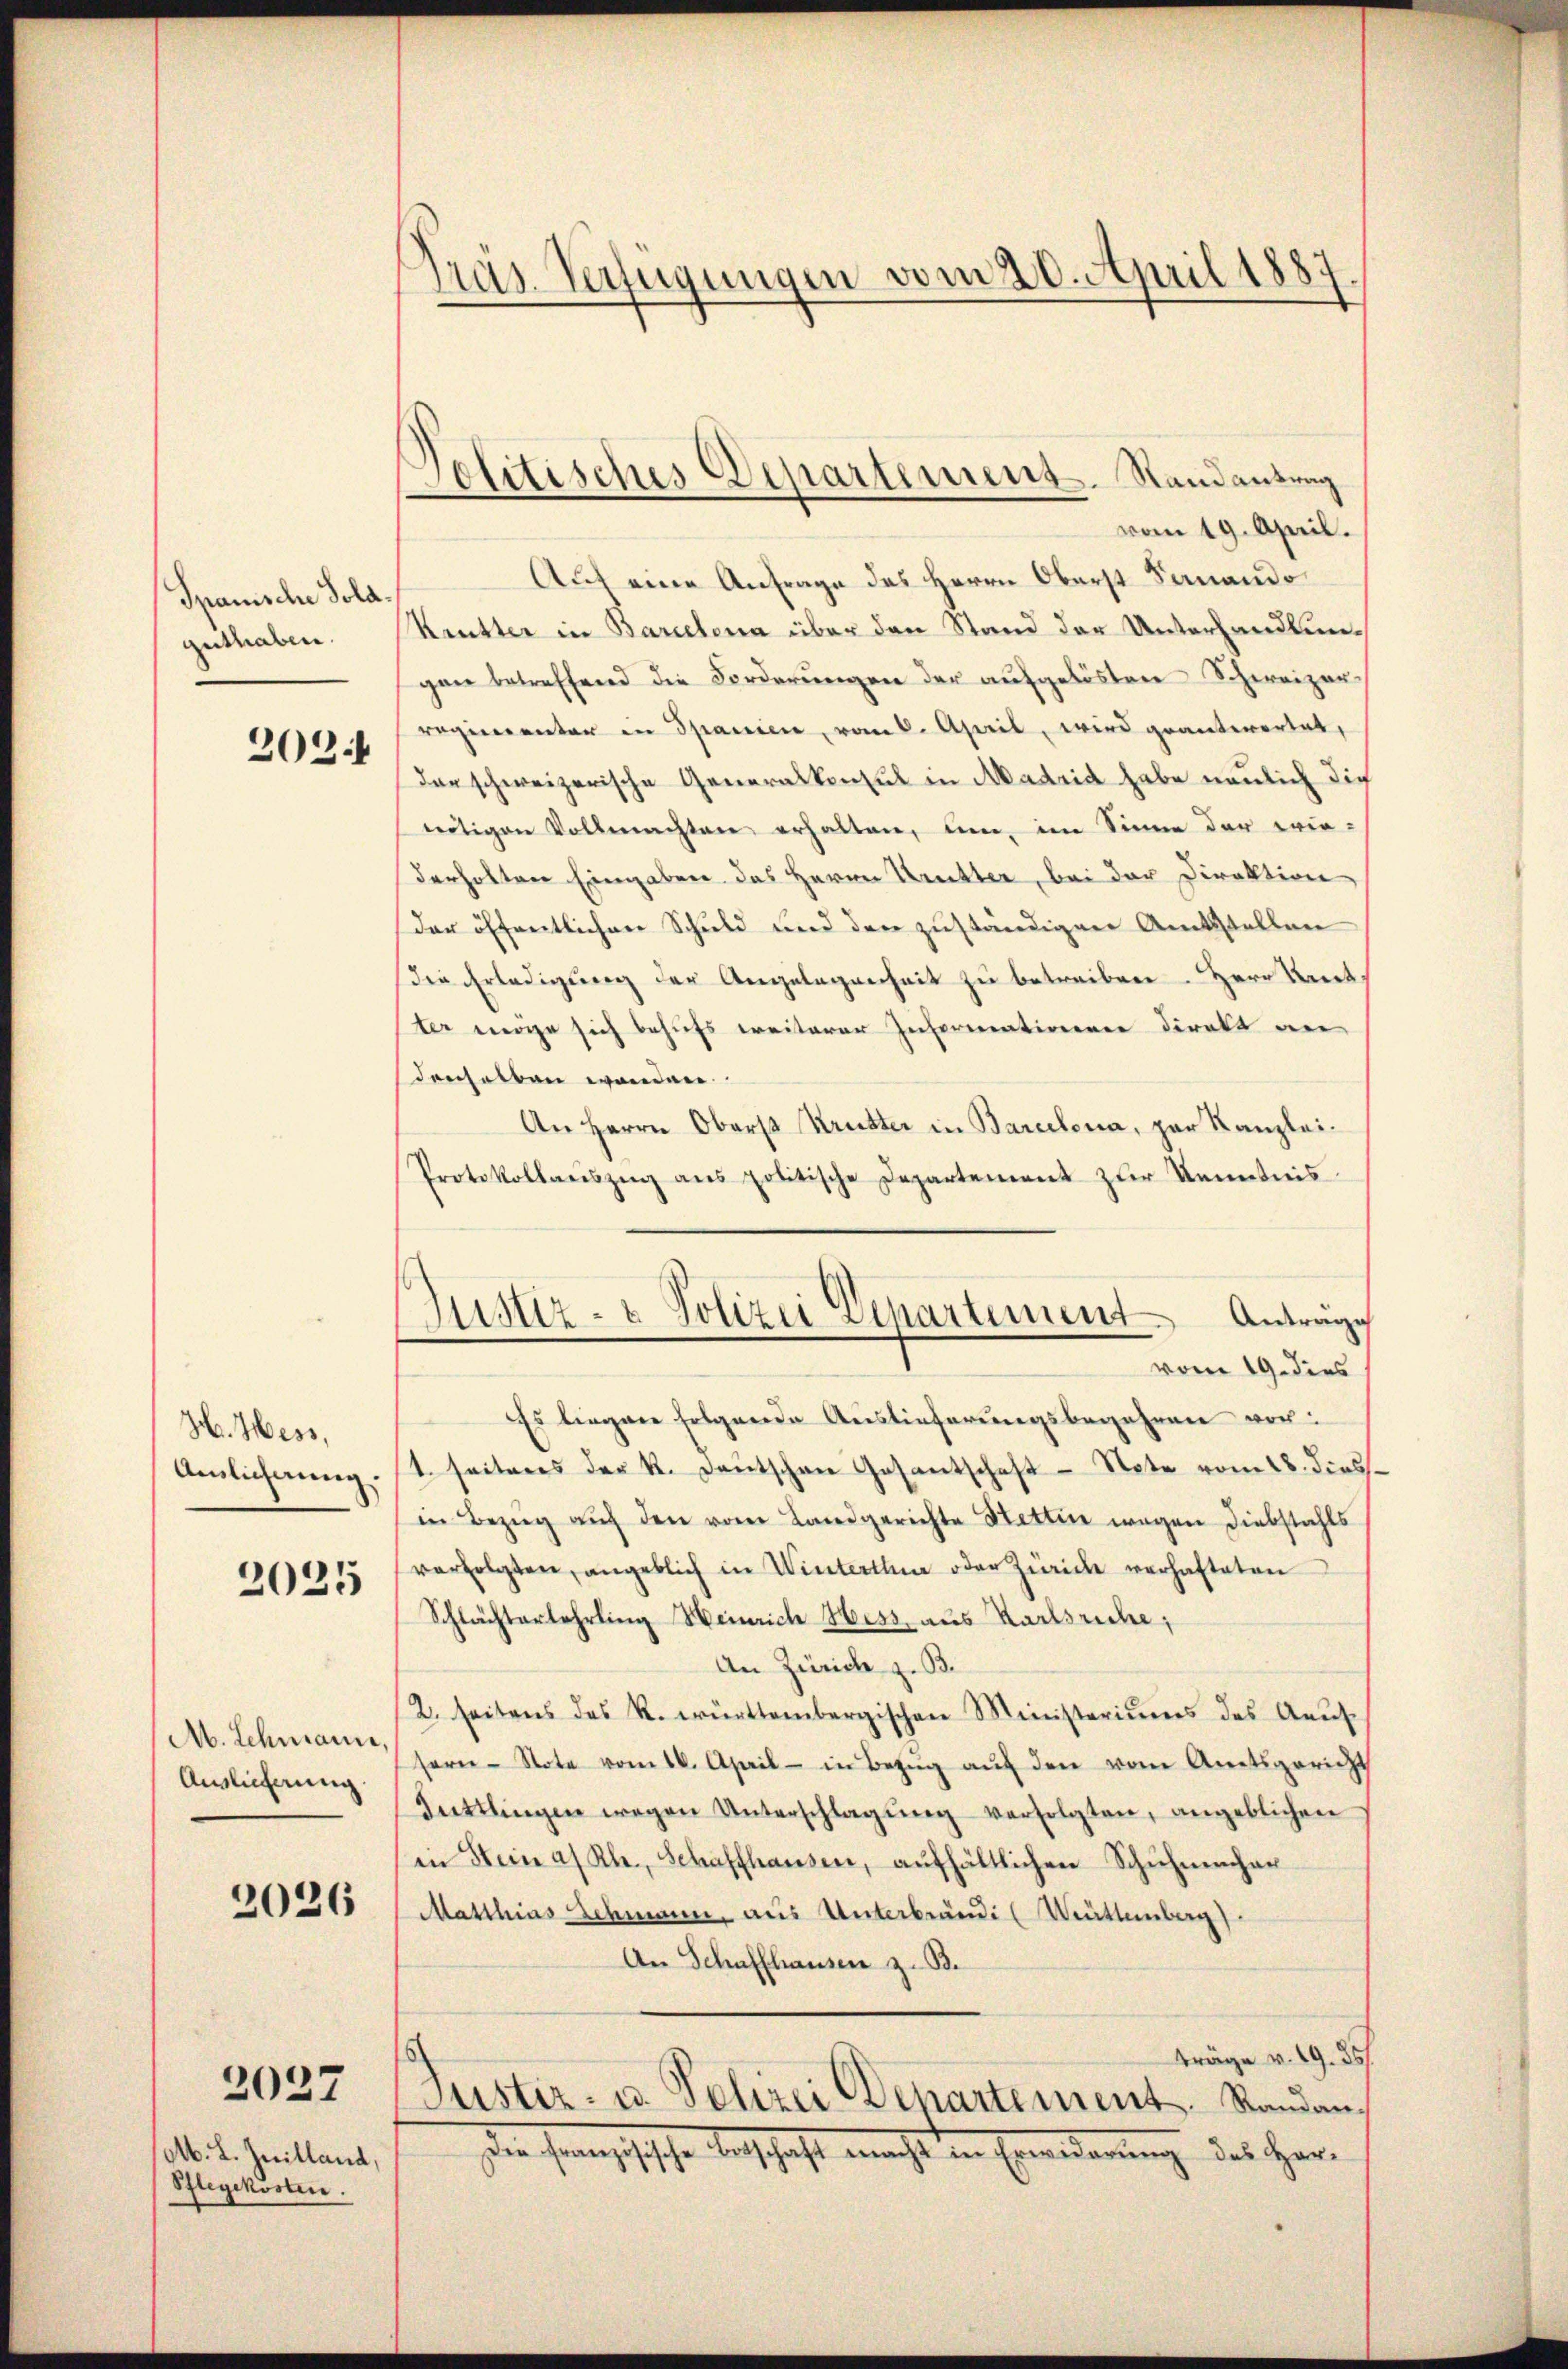
Spanische Sola.
guthaben.

202.

H. Hess,
Auslichnung.

2025

Ab. Schwann
Auslieferung

2026

2027

M. L. Juilland,
Pflegekosten.

¬
nas. Verfügungen vom 20. April 1887

vom 19. April.
Auf eine Anfrage des Herrn Oberst Sanando
Keutter in Barcelona über den Stand der Unterhandlungen betreffend die Forderungen der aufgelösten Schweizer-
regierunter in Spanien, vom k. April, wird geantwortet,
der schweizerische Generalkonsul in Madrid habe neulich die
nötigen Vollmachten erhalten, um, im Sinne der wirderholten Eingaben das Herrn Prechter, bei der Direktion
der öffentlichen Schuld und den zuständigen Amtsstellen
die Erledigung der Angelegenheit zu betreiben. Herr Kant
ter möge sich behufs weiterer Informationenen direkt an
denselben werden
An Herrn Oberst Krutter in Barcelena, par Kanzlei¬
Protokollaŭszŭg ans politische Departement zŭr Kenntnis
Es liegen folgende Auslieferungsbegehren vor:
1. seitens der K. Deutschen Gesantschaft Note vom 18. diess.
(in Bezŭg aŭf den vom Landgerichte Stettin wegen Diebstahls
verfolgten, angeblich in Winterthe oder Zürich verhafteten
Schlächterlehrling Heinrich Hess aus Karlsruhe;
An Zürich z. B.
2. seitens des R. württembergischen Ministeriums des Aaŭs-
sern-Note vom 16. April - in Bezŭg aŭf den vom Amtsgericht
Tuttlingen wegen Unterschlagŭng verfolgten, angeblichen
in Stein a. Rh., Schaffhausen, aufhältlichen Schuhmacher
Matthias Schmann, aus Unterbrände (Mutternberg)
An Schaffhausen z. B.
träge v. 19. 35.
Justiz- u. Polizei Departement. Standan¬
Die sophische Entschaft macht in Ermorderung des Herr-

Jolitisches Departement. Standensreg

Justiz- & Polizei Departement Antrage
vom 19. dies